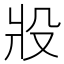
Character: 𰠎